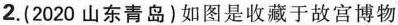
2.(2020山东青岛)如图是收藏于故宫博物